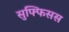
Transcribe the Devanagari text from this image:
सुफ्फिसस